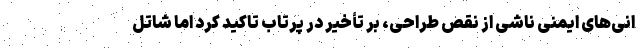
انی‌های ایمنی ناشی از نقص طراحی، بر تأخیر در پرتاب تاکید کرد اما شاتل